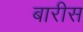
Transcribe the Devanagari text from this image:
बारीस